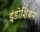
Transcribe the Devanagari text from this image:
इंडोशियन